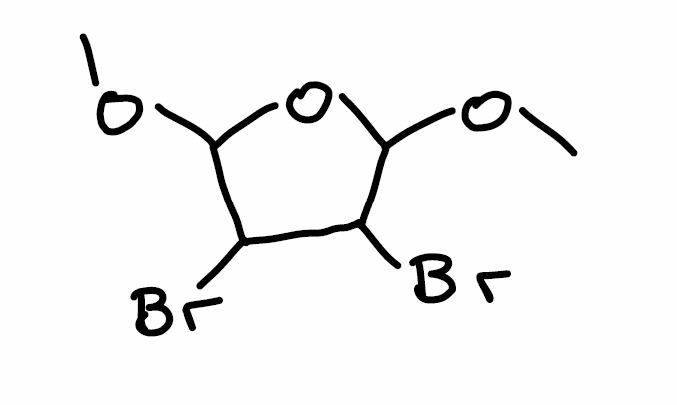
Simplified molecular-input line-entry system (SMILES) notation of the given molecule:
COC1C(C(C(O1)OC)Br)Br